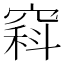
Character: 𥧇